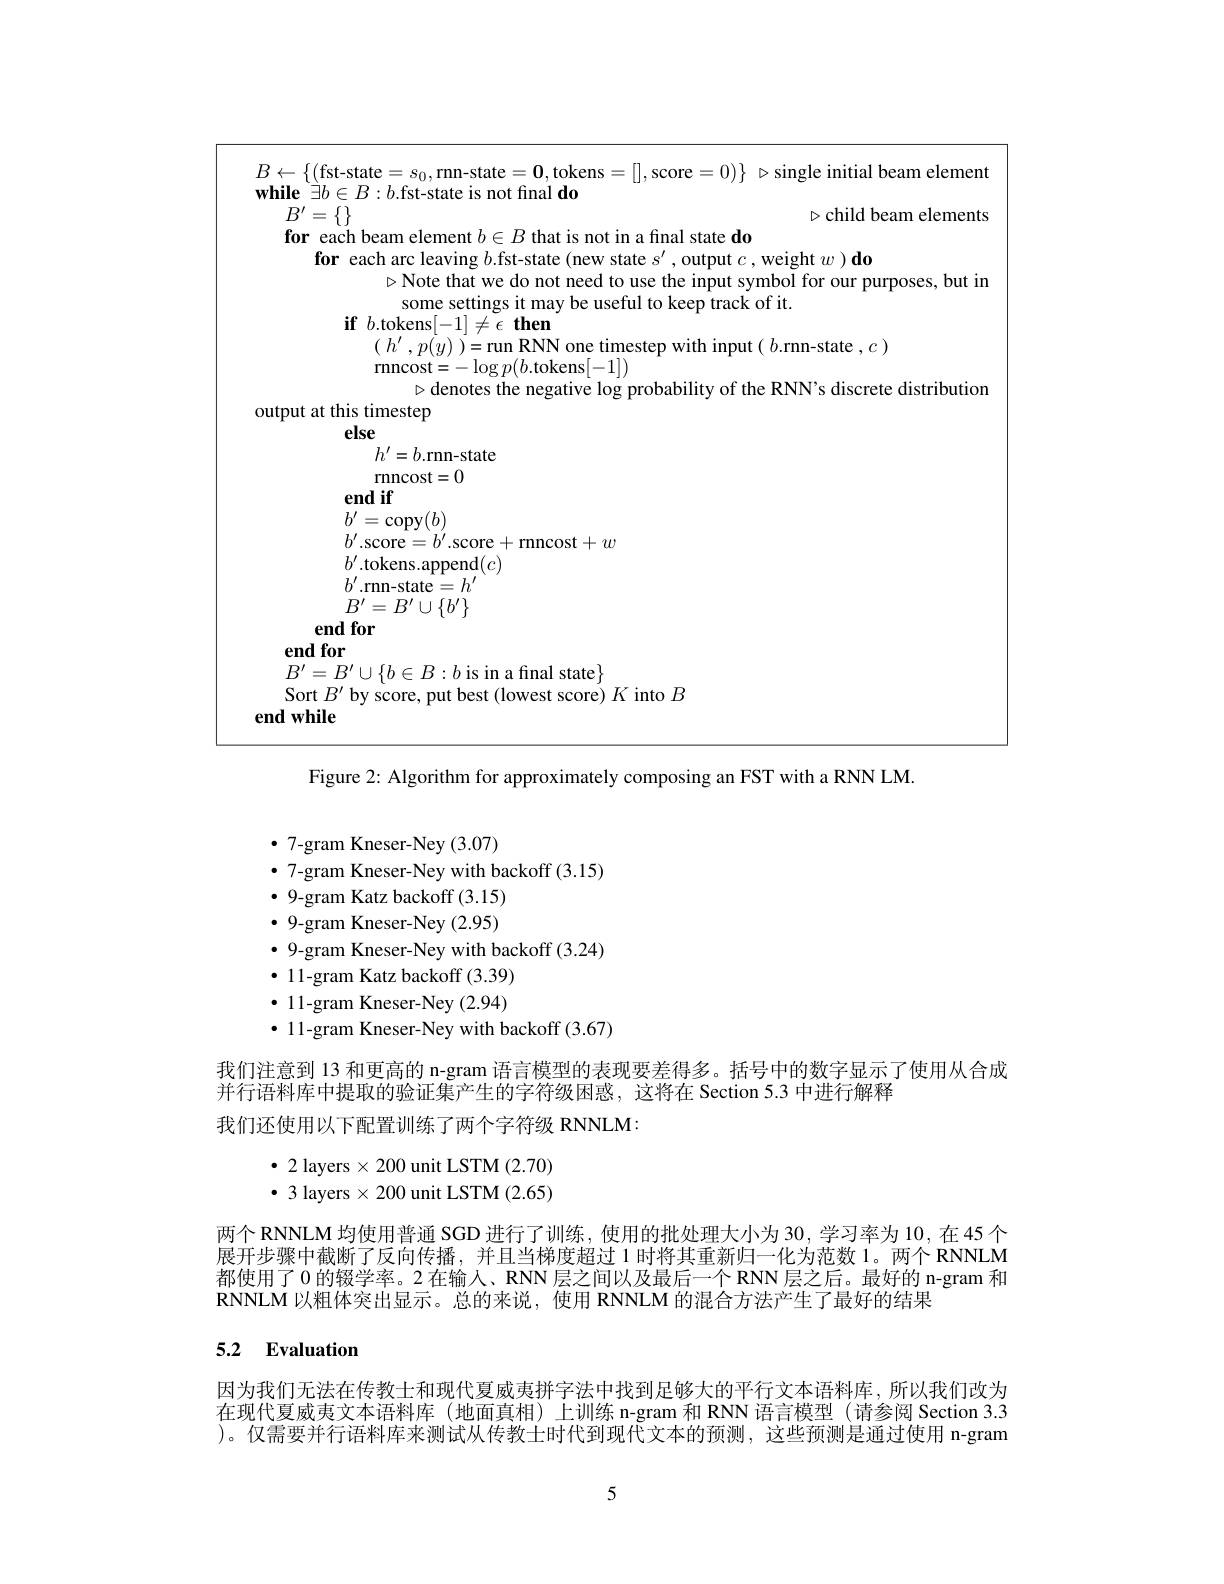
$B\leftarrow\{($fst-state$=s_0$,rnn-state$=\mathbf{0}$,tokens=[[,score$=0)\}$ $\triangleright$single initial beam element
$\mathbf{while}^{\circ}\exists b\in B:b.$fst-state is not final do
$\triangleright$child beam elements
$B^{\prime}=\{\}$
for each beam element $b\in B$ that is not in a final state do
for each arc leaving $b$.fst-state (new state $s^\prime$, output $c$, weight $w) \textbf{do}$
$\triangleright$Note that we do not need to use the input symbol for our purposes, but in
some settings it may be useful to keep track of it.
$\textbf{if}b.$tokens$[-1]\neq\epsilon$then
$(h^{\prime},p(y))=$run RNN one timestep with input( $b.$rnn-state $,c)$
$\operatorname{rnncost}=-\log p(b.$tokens[-1])
$\triangleright$ denotes the negative log probability of the RNN's discrete distribution
output at this timestep
else
$h^{\prime}=b.$rnn-state
$\operatorname{rnncost}=0$
end if
$b^{\prime}=$copy$(b)$
$b^{\prime}.$score$=b^\prime.$score+rnncost$+w$
$b^{\prime}.$tokens.append$(c)$
$b^{\prime}$.rnn-state$=h^\prime$ $B^{\prime}=B^{\prime}\cup\{b^{\prime}\}$
end for
end for
$B^{\prime}=B^{\prime}\cup\{b\in B:b$ is in a final state$\}$
Sort $B^{\prime}$ by score, put best (lowest score) $K$ into $B$
end while

$\cdot$ 7-gram Kneser-Ney (3.07)
$\bullet$ 7-gram Kneser-Ney with backoff (3.15)
$\cdot9$-gram Katz backoff (3.15) $\cdot$ 9-gram Kneser-Ney (2.95) $\cdot9$-gram Kneser-Ney with backoff (3.24)
$\bullet$ 11-gram Katz backoff (3.39) $\bullet$ 11-gram Kneser-Ney (2.94) $\bullet$ 11-gram Kneser-Ney with backoff (3.67)

Figure 2: Algorithm for approximately composing an FST with a RNN LM.
我们注意到 13 和更高的 n-gram 语言模型的表现要差得多。括号中的数字显示了使用从合成
并行语料库中提取的验证集产生的字符级困惑，这将在 Section 5.3 中进行解释
我们还使用以下配置训练了两个字符级 RNNLM:
$\bullet$ 2 layers$\times200$ unit LSTM (2.70) $\bullet$ 3 layers $\times200$ unit LSTM (2.65)
两个 RNNLM 均使用普通 SGD 进行了训练，使用的批处理大小为 30, 学习率为 10, 在 45 个展开步骤中截断了反向传播，并且当梯度超过 1 时将其重新归一化为范数 1。两个 RNNLM 都使用了 0 的辍学率。2 在输人、RNN 层之间以及最后一个 RNN 层之后。最好的 n-gram 和RNNLM 以粗体突出显示。总的来说，使用 RNNLM 的混合方法产生了最好的结果

## 5.2 Evaluation

因为我们无法在传教士和现代夏威夷拼字法中找到足够大的平行文本语料库，所以我们改为在现代夏威夷文本语料库(地面真相)上训练 n-gram 和 RNN 语言模型 (请参阅 Section 3.3 )。仅需要并行语料库来测试从传教士时代到现代文本的预测，这些预测是通过使用 n-gram

5